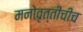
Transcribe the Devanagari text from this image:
मनोवृत्तीचीच